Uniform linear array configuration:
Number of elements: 64
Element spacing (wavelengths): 0.5
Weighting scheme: exponential
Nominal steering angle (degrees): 15
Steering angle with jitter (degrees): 16.996
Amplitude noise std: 0.05
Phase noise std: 0.05

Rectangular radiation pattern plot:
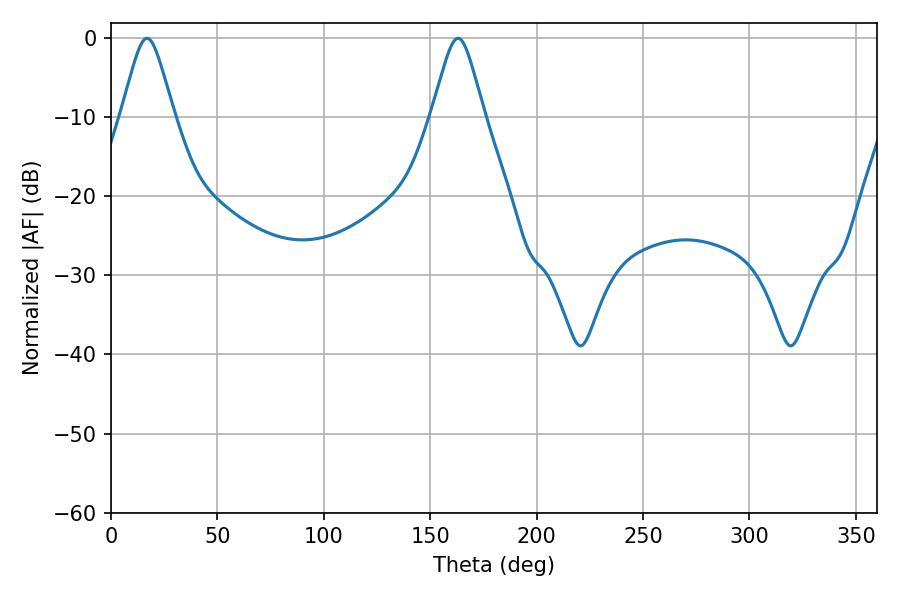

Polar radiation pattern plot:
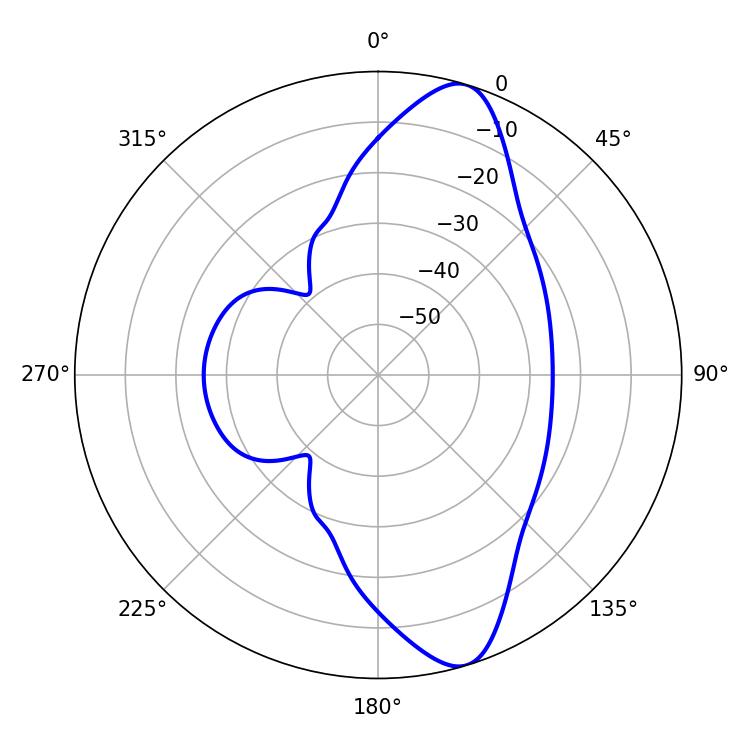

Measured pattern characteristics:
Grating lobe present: FALSE
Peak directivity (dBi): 11.221
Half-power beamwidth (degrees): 11.88
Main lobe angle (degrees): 16.92